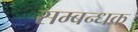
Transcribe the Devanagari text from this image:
सम्बन्धक